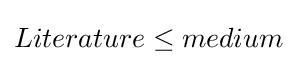
Literature\leq medium